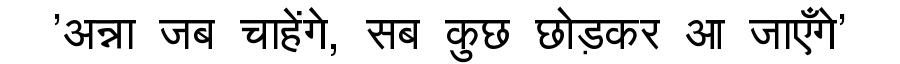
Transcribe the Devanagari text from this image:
'अन्ना जब चाहेंगे, सब कुछ छोड़कर आ जाएँगे'